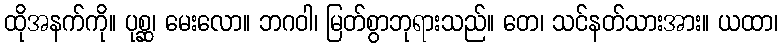
ထိုအနက်ကို။ ပုစ္ဆ၊ မေးလော။ ဘဂဝါ၊ မြတ်စွာဘုရားသည်။ တေ၊ သင်နတ်သားအား။ ယထာ၊